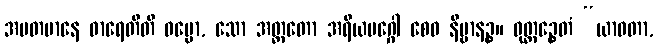
အပတမာနေ ဓာရေတီတိ ဓမ္မော, သော အတ္ထတော အရိယမဂ္ဂေါ စေဝ နိဗ္ဗာနဉ္စ။ ဝုတ္တဉ္စေတံ “ယာဝတာ,